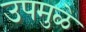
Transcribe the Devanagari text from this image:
उपमुळे